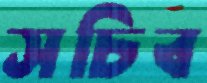
সচিব